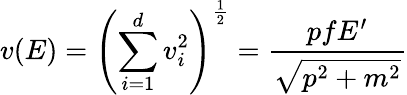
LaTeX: v(E)=\left(\sum_{i=1}^{d}v_{i}^{2}\right)^{\frac{1}{2}}=\frac{pfE^{\prime}}{\sqrt{p^{2}+m^{2}}}